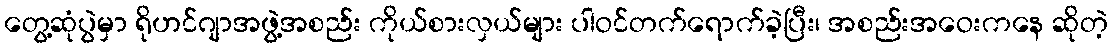
တွေ့ဆုံပွဲမှာ ရိုဟင်ဂျာအဖွဲ့အစည်း ကိုယ်စားလှယ်များ ပါဝင်တက်ရောက်ခဲ့ပြီး၊ အစည်းအဝေးကနေ ဆိုတဲ့